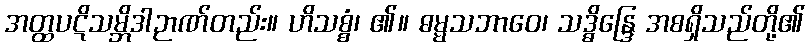
အတ္ထပဋိသမ္ဘိဒါဉာဏ်တည်း။ ဟိသစ္စံ၊ ၏။ ဓမ္မသဘာဝေ၊ သဒ္ဓိန္ဒြေ အစရှိသည်တို့၏